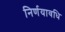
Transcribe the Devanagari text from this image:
निर्णयावधि